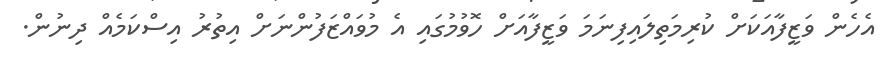
އެހެން ވަޒީފާއަކަށް ކުރިމަތިލައިފިނަމަ ވަޒީފާއަށް ހޮވުމުގައި އެ މުވައްޒަފުންނަށް އިތުރު އިސްކަމެއް ދިނުން.